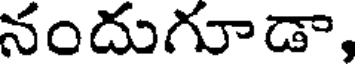
నందుగూడా,